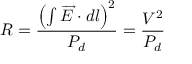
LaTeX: R = { \frac { \left( \int { { \overrightarrow { E } } \cdot d l } \right) ^ { 2 } } { P _ { d } } } = { \frac { V ^ { 2 } } { P _ { d } } }